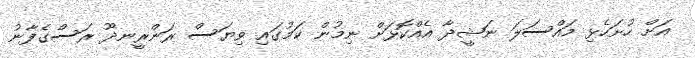
އަށް ހުށަހެޅި މައްސަލަ ނަޝީދާ އެއްކޮޅަށް ނިމުން ކަމުގައި ވިޔަސް ރަންރީނދޫ ރަސްގެފާނު